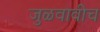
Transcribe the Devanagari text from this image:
जुळवावीच